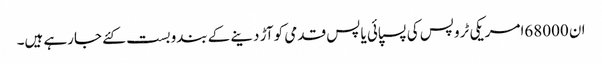
ان 68000امریکی ٹروپس کی پسپائی یا پس قدمی کو آڑ دینے کے بندوبست کئے جارہے ہیں۔